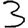
Digit: 3